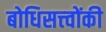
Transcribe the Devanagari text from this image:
बोधिसत्त्‍वोंकी